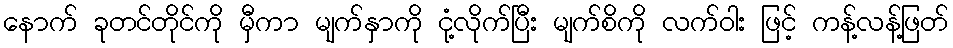
နောက် ခုတင်တိုင်ကို မှီကာ မျက်နှာကို ငုံ့လိုက်ပြီး မျက်စိကို လက်ဝါး ဖြင့် ကန့်လန့်ဖြတ်